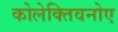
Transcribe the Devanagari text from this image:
कोलेक्तिवनोए